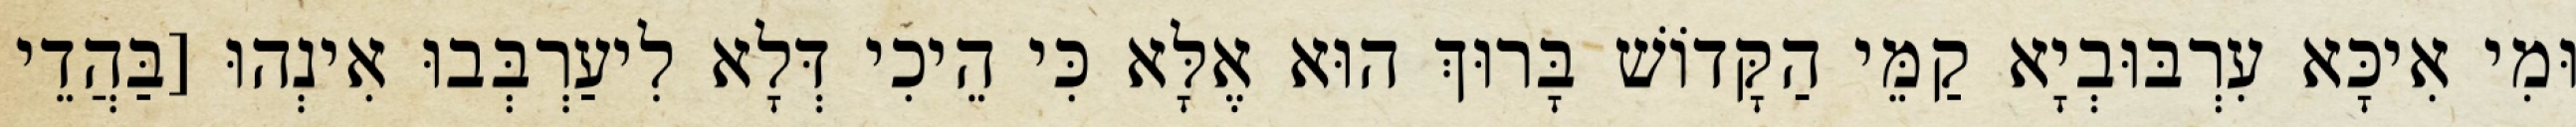
וּמִי אִיכָּא עִרְבּוּבְיָא קַמֵּי הַקָּדוֹשׁ בָּרוּךְ הוּא אֶלָּא כִּי הֵיכִי דְּלָא לִיעַרְבְּבוּ אִינְהוּ [בַּהֲדֵי